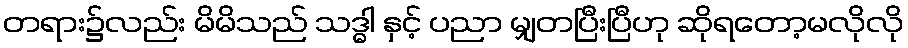
တရား၌လည်း မိမိသည် သဒ္ဓါ နှင့် ပညာ မျှတပြီးပြီဟု ဆိုရတော့မလိုလို